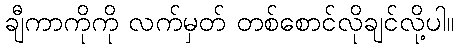
ချီကာကိုကို လက်မှတ် တစ်စောင်လိုချင်လို့ပါ။